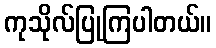
ကုသိုလ်ပြုကြပါတယ်။